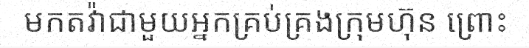
មកតវ៉ាជាមួយអ្នកគ្រប់គ្រងក្រុមហ៊ុន ព្រោះ